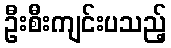
ဦးစီးကျင်းပသည့်